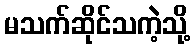
မသက်ဆိုင်သကဲ့သို့